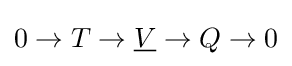
0\to T\to {\underline {V}}\to Q\to 0